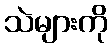
သဲများကို